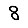
Digit: 8